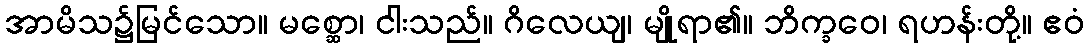
အာမိသ၌မြင်သော။ မစ္ဆော၊ ငါးသည်။ ဂိလေယျ၊ မျိုရာ၏။ ဘိက္ခဝေ၊ ရဟန်းတို့။ ဧဝံ